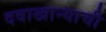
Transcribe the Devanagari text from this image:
दवाखान्याची